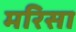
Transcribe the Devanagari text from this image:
मरिसा